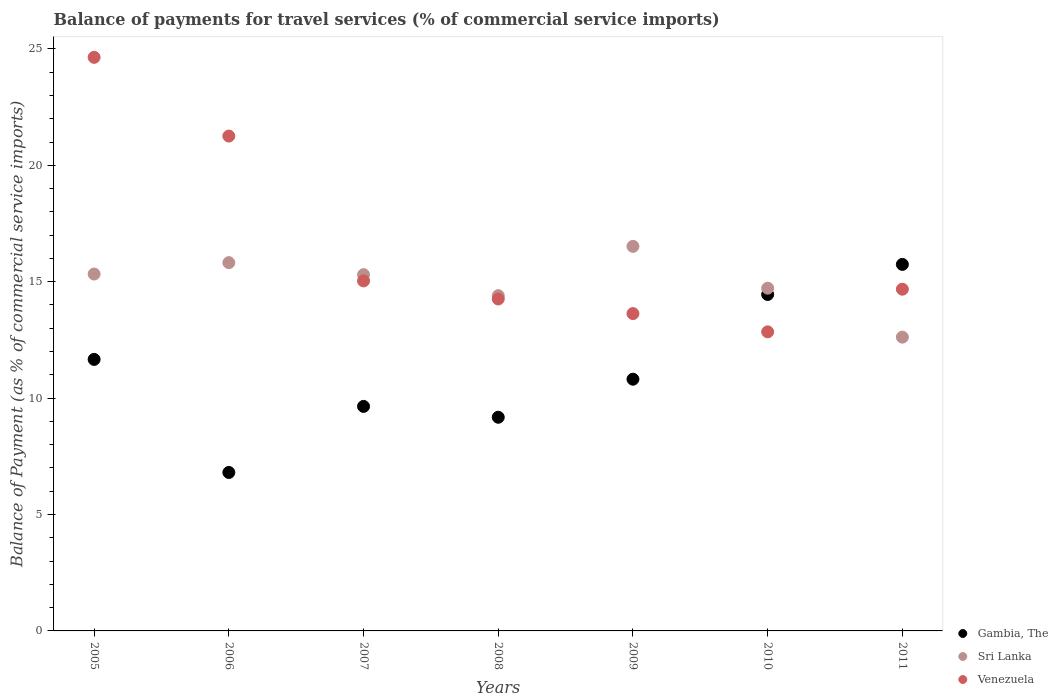
| Years | Gambia, The | Sri Lanka | Venezuela |
 | --- | --- | --- | --- |
 | 2005 | 11.7 | 15.3 | 24.6 |
 | 2006 | 6.81 | 15.8 | 21.3 |
 | 2007 | 9.64 | 15.3 | 15 |
 | 2008 | 9.18 | 14.4 | 14.3 |
 | 2009 | 10.8 | 16.5 | 13.6 |
 | 2010 | 14.5 | 14.7 | 12.8 |
 | 2011 | 15.7 | 12.6 | 14.7 |